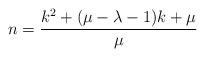
LaTeX: \begin{align*} n = \frac{k^2 + (\mu-\lambda -1)k + \mu}{\mu}\end{align*}